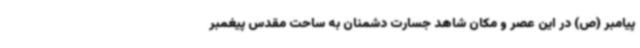
پیامبر (ص) در این عصر و مکان شاهد جسارت دشمنان به ساحت مقدس پیغمبر